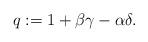
LaTeX: \begin{align*}q:=1+\beta\gamma-\alpha\delta. \end{align*}